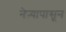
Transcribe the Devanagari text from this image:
नेऱ्यापासून